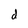
Character: d